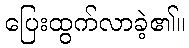
ပြေးထွက်လာခဲ့၏။